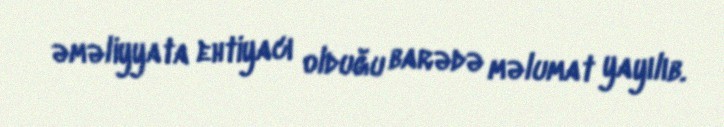
əməliyyata ehtiyacı olduğu barədə məlumat yayılıb.